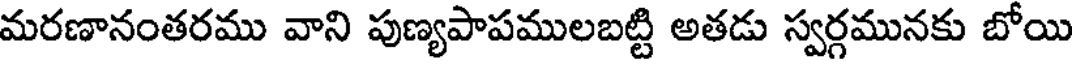
మరణానంతరము వాని పుణ్యపాపములబట్టి అతడు స్వర్గమునకు బోయి